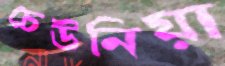
চেউনিয়া